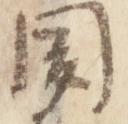
聞